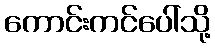
ကောင်းကင်ပေါ်သို့